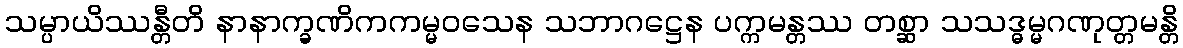
သမ္ပာယိဿန္တီတိ နာနာက္ခဏိကကမ္မဝသေန သဘာဂဋ္ဌေန ပက္ကမန္တဿ တစ္ဆာ သသဒ္ဓမ္မဂဏုတ္တမန္တိ